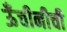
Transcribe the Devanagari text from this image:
ऊँचीनीची